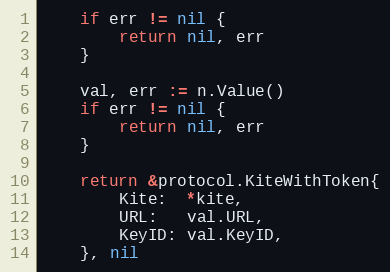
Language: Go
	if err != nil {
		return nil, err
	}

	val, err := n.Value()
	if err != nil {
		return nil, err
	}

	return &protocol.KiteWithToken{
		Kite:  *kite,
		URL:   val.URL,
		KeyID: val.KeyID,
	}, nil